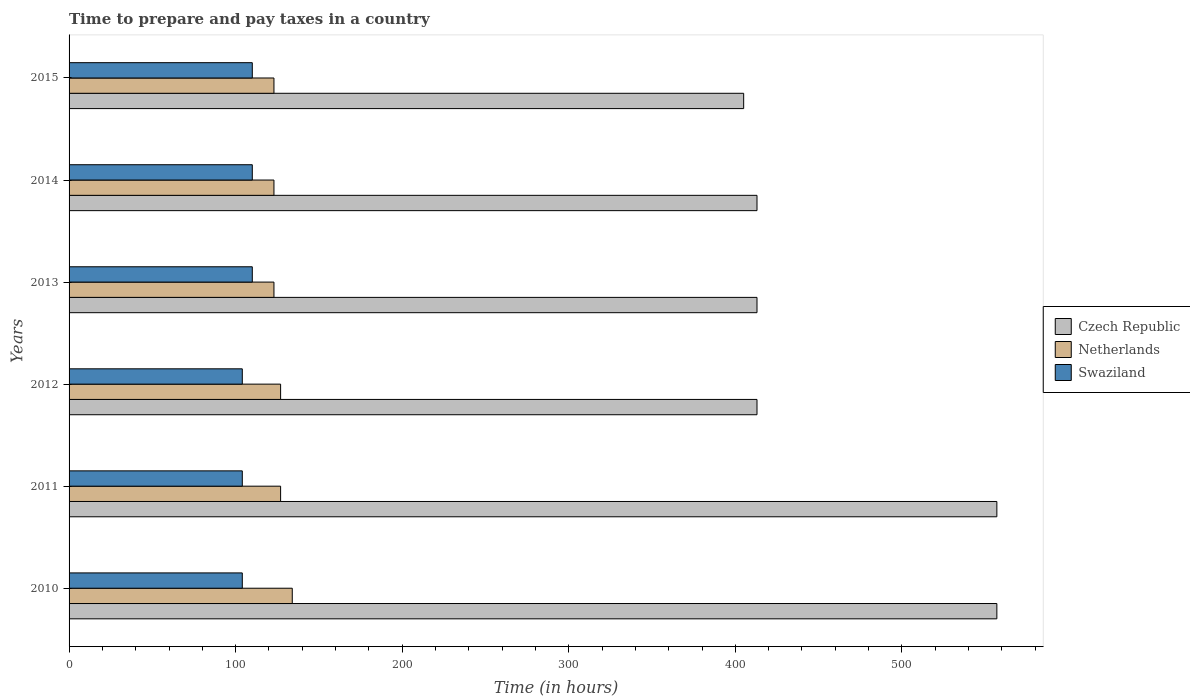
| Years | Czech Republic | Netherlands | Swaziland |
 | --- | --- | --- | --- |
 | 2010 | 557 | 134 | 104 |
 | 2011 | 557 | 127 | 104 |
 | 2012 | 413 | 127 | 104 |
 | 2013 | 413 | 123 | 110 |
 | 2014 | 413 | 123 | 110 |
 | 2015 | 405 | 123 | 110 |